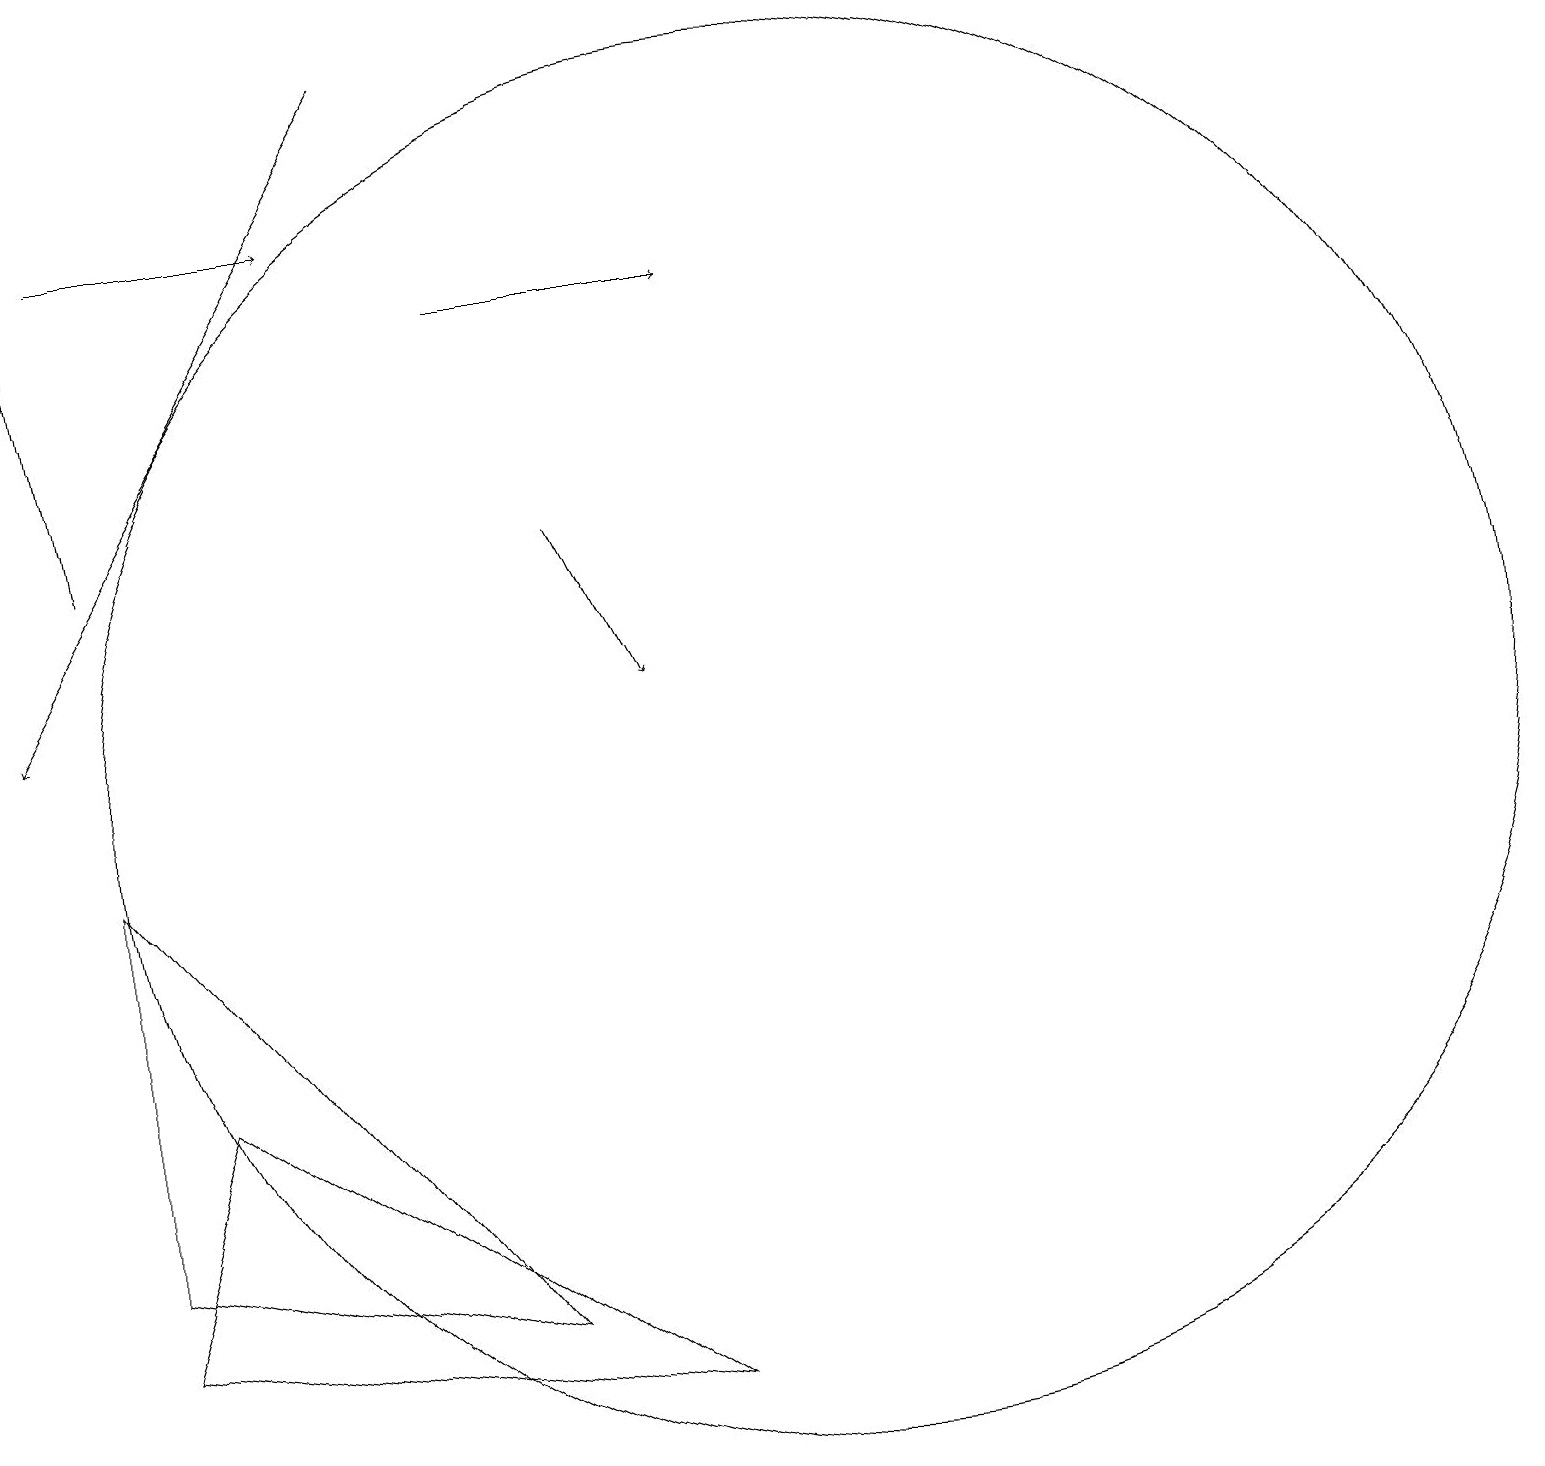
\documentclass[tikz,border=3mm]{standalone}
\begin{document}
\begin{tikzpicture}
\draw[->] (5,19) -- (0,11);
\draw (2,6) -- (1,3) -- (8,2) -- cycle;
\draw (1,9) -- (6,3) -- (1,4) -- cycle;
\draw[->] (1,13) -- (0,19);
\draw[->] (6,16) -- (9,16);
\draw[->] (1,17) -- (4,17);
\draw[->] (7,13) -- (8,11);
\draw (10,10) circle (9);
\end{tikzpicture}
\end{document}